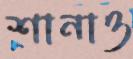
শানাও